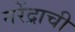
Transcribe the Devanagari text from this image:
नरेंद्राची